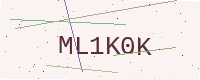
Text: ML1K0K